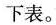
下表